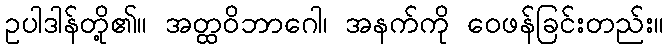
ဥပါဒါန်တို့၏။ အတ္ထဝိဘာဂေါ၊ အနက်ကို ဝေဖန်ခြင်းတည်း။